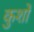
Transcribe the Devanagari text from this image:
कुशों